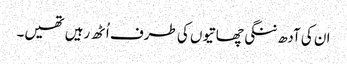
ان کی آدھ ننگی چھاتیوں کی طرف اُٹھ رہیں تھیں۔